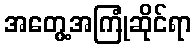
အတွေ့အကြုံဆိုင်ရာ